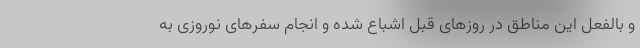
و بالفعل این مناطق در روزهای قبل اشباع شده و انجام سفرهای نوروزی به